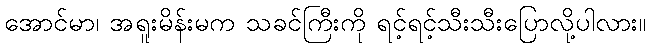
အောင်မာ၊ အရူးမိန်းမက သခင်ကြီးကို ရင့်ရင့်သီးသီးပြောလို့ပါလား။